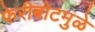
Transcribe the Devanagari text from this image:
फेरीबोटमुळे